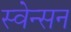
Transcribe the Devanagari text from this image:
स्वेन्सन